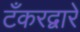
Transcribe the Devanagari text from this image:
टँकरद्वारे